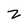
Character: z